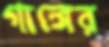
গাঙ্গের